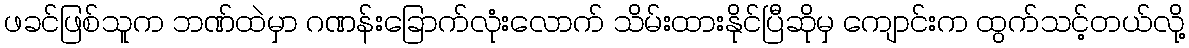
ဖခင်ဖြစ်သူက ဘဏ်ထဲမှာ ဂဏန်းခြောက်လုံးလောက် သိမ်းထားနိုင်ပြီဆိုမှ ကျောင်းက ထွက်သင့်တယ်လို့